Civil Veterinary Department. Madras. Admin. report 1926-33 - 1926-1933
Year: 1926
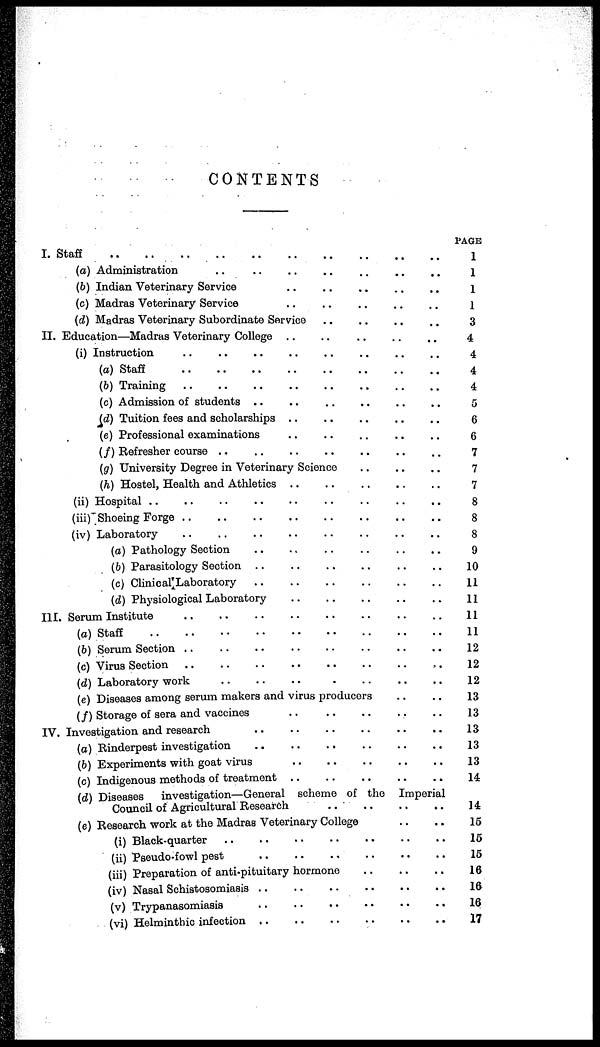
CONTENTS
I. Staff .. .. .. .. .. .. ..
(a) Adminstration .. .. .. .. .. ..
(b) Indian Veterinary Service .. .. .. .. .. .. ..
(c) Madras Veterinary Service
(d) Madras Veterinary Subordinate Service
II. Education—Madras Veterinary College .. .. .. .. .. .. ..
(i) Instruction .. .. .. .. .. .. ..
(a) Staff .. .. .. .. .. ..
(b) Training .. .. .. .. .. .. .. .. .. ..
(c) Admission of students .. .. .. .. .. .. ..
(d) Tuition fees and scholarships .. .. .. .. .. .. .. .. ..
(e) Professional examinations
(f) Refresher course .. .. .. .. .. .. .. .. ..
(g) University Degree in Veterinary Science .. .. .. ..
(h) Hostel, Health and Athletics .. .. .. .. .. .. .. .. ..
(ii) Hospital .. .. .. .. .. .. .. ..
(iii) Shoeing Forge .. .. .. .. .. .. .. .. .. ..
(iv) Laboratory .. .. .. .. .. .. .. .. .. .. .. ..
(a) Pathology Section .. .. .. .. ..
(b) Parasitology Section .. .. .. .. .. .. ..
(c) Clinical Laboratory .. .. .. .. .. .. .. ..
(d) Physiological Laboratory .. .. .. .. .. .. .. ..
III. Serum Institute .. .. .. .. .. .. .. .. .. .. .. .. .. .. .. .. ..
(a) Staff .. .. .. .. .. .. .. .. .. .. .. .. .. ..
(b) Serum Section .. .. .. .. .. .. .. .. .. .. .. .. .. .. ..
(c) Virus Section .. .. .. .. .. .. .. .. .. .. .. ..
(d) Laboratory work .. .. .. .. .. .. .. .. .. .. .. ..
(e) Diseases among serum makers and virus producers .. ..
(f) Storage of sera and vaccines .. .. .. .. ..
IV. Investigation and research .. .. .. .. .. .. .. .. .. ..
(a) Rinderpest investigation .. .. .. .. .. .. .. .. ..
(b) Experiments with goat virus .. .. .. .. .. .. .. .. .. .. ..
(c) Indigenous methods of treatment .. .. .. .. .. .. ..
(d) Diseases
investigation—General scheme of the Imperial
Council of Agricultural Research .. .. .. .. ..
(e) Research work at the Madras Veterinary College .. ..
(i) Black-quarter .. .. .. .. .. .. .. .. ..
(ii) Pseudo-fowl pest .. .. .. .. .. .. .. .. ..
(iii) Preparation of anti-pituitary hormone .. .. .. .. .. .. ..
(iv) Nasal Schistosomiasis .. .. .. .. .. .. ..
(v) Trypanasomiasis .. .. .. .. .. .. .. ..
(vi) Helminthic infection .. .. .. .. .. .. .. .. ..
PAGE
1
1
1
1
3
4
4
4
4
5
6
6
7
7
7
8
8
8
9
10
11
11
11
11
12
12
12
13
13
13
13
13
14
14
15
15
15
16
16
16
17